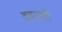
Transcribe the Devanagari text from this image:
दहएवी